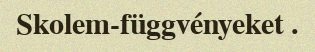
Skolem-függvényeket .